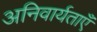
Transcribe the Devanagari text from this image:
अनिवार्यताएँ